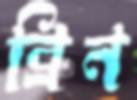
ব্রিন